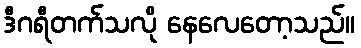
ဒီဂရီတက်သလို နေလေတော့သည်။